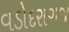
વડોદરાગજ